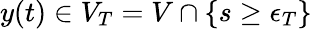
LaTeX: y(t)\in V_{T}=V\cap\{ s\geq\epsilon_{T}\}